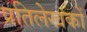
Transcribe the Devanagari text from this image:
प्रतिलेखकों